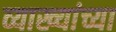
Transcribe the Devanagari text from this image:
व्याख्यांच्या